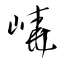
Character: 嶢